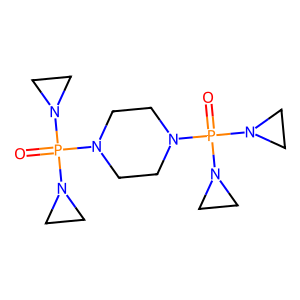
SMILES: O=P(N1CC1)(N1CC1)N1CCN(P(=O)(N2CC2)N2CC2)CC1
Inhibits HIV replication: No